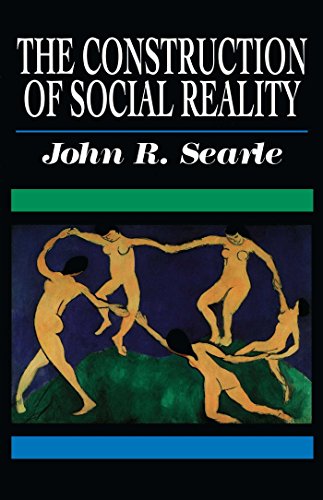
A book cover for The Construction of Social Reality; John R. Searle; Politics & Social Sciences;